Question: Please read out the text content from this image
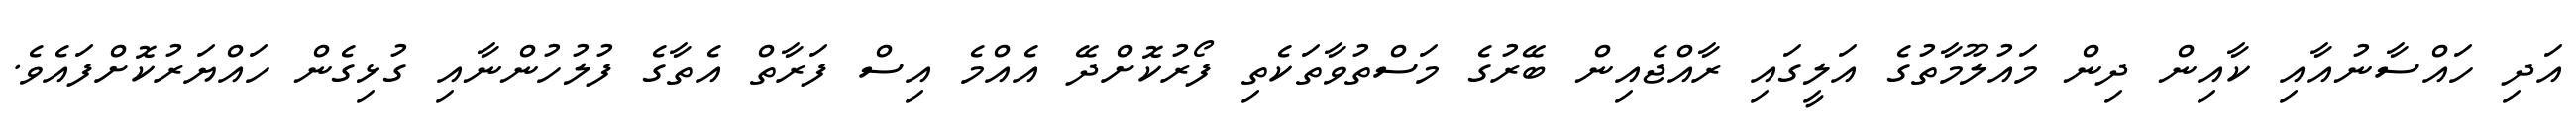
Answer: އަދި ހައްސާނުއާއި ކާއިން ދިން މައުލޫމާތުގެ އަލީގައި ރާއްޖެއިން ބޭރުގެ މަސްތުވާތަކެތި ފޯރުކޮށްދޭ އެއްމެ އިސް ފަރާތް އެތާގެ ފުލުހުންނާއި ގުޅިގެން ހައްޔަރުކޮށްފައެވެ.